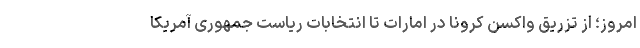
امروز؛ از تزریق واکسن کرونا در امارات تا انتخابات ریاست جمهوری آمریکا